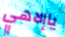
ياإلاهي